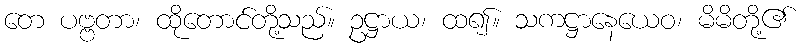
တေ ပဗ္ဗတာ၊ ထိုတောင်တို့သည်။ ဥဋ္ဌာယ၊ ထ၍။ သကဋ္ဌာနေယေဝ၊ မိမိတို့၏